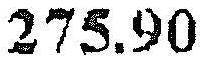
275.90